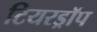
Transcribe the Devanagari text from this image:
टियरड्रॉप